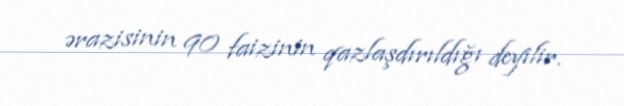
ərazisinin 90 faizinin qazlaşdırıldığı deyilir.